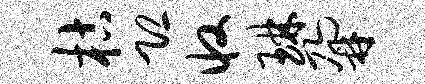
枯恐收琳鼐